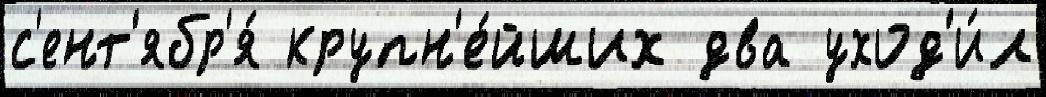
с'ент'ябр'я́ крупн'е́йших два уход'и́л